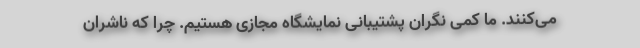
می‌کنند. ما کمی نگران پشتیبانی نمایشگاه مجازی هستیم. چرا که ناشران